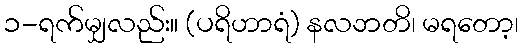
၁-ရက်မျှလည်း။ (ပရိဟာရံ) နလဘတိ၊ မရတော့၊